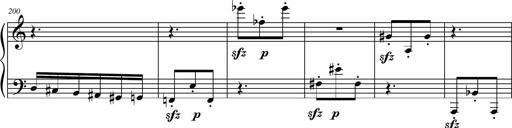
Title: Petite Sonatine
Composer: Richard St. Clair